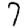
Digit: 7